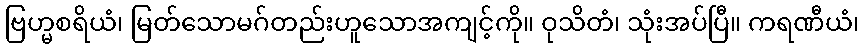
ဗြဟ္မစရိယံ၊ မြတ်သောမဂ်တည်းဟူသောအကျင့်ကို။ ဝုသိတံ၊ သုံးအပ်ပြီ။ ကရဏီယံ၊